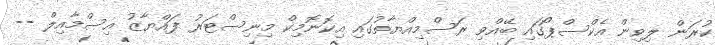
ކުރަން ލިވިން އެކްސްޕޯގައި ބޭއްވި ރަސްމިއްޔާތުގައި އިކޮނޮމިކް މިނިސްޓަރު ފައްޔާޒު އިސްމާއިލް --